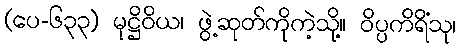
(ပေ-၆၃၃) မုဋ္ဌိဝိယ၊ ဖွဲ့ဆုတ်ကိုကဲ့သို့။ ဝိပ္ပကိရိံသု၊